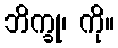
ဘိက္ခု၊ ကို။